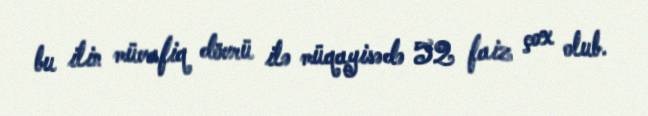
bu ilin müvafiq dövrü ilə müqayisədə 52 faiz çox olub.